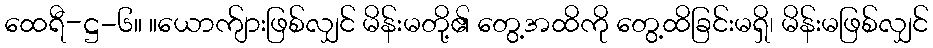
ထေရီ-ဋ္ဌ-၆။ ။ယောက်ျားဖြစ်လျှင် မိန်းမတို့၏ တွေ့အထိကို တွေ့ထိခြင်းမရှိ၊ မိန်းမဖြစ်လျှင်